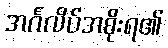
အင်္ဂလိပ်အစိုးရ၏